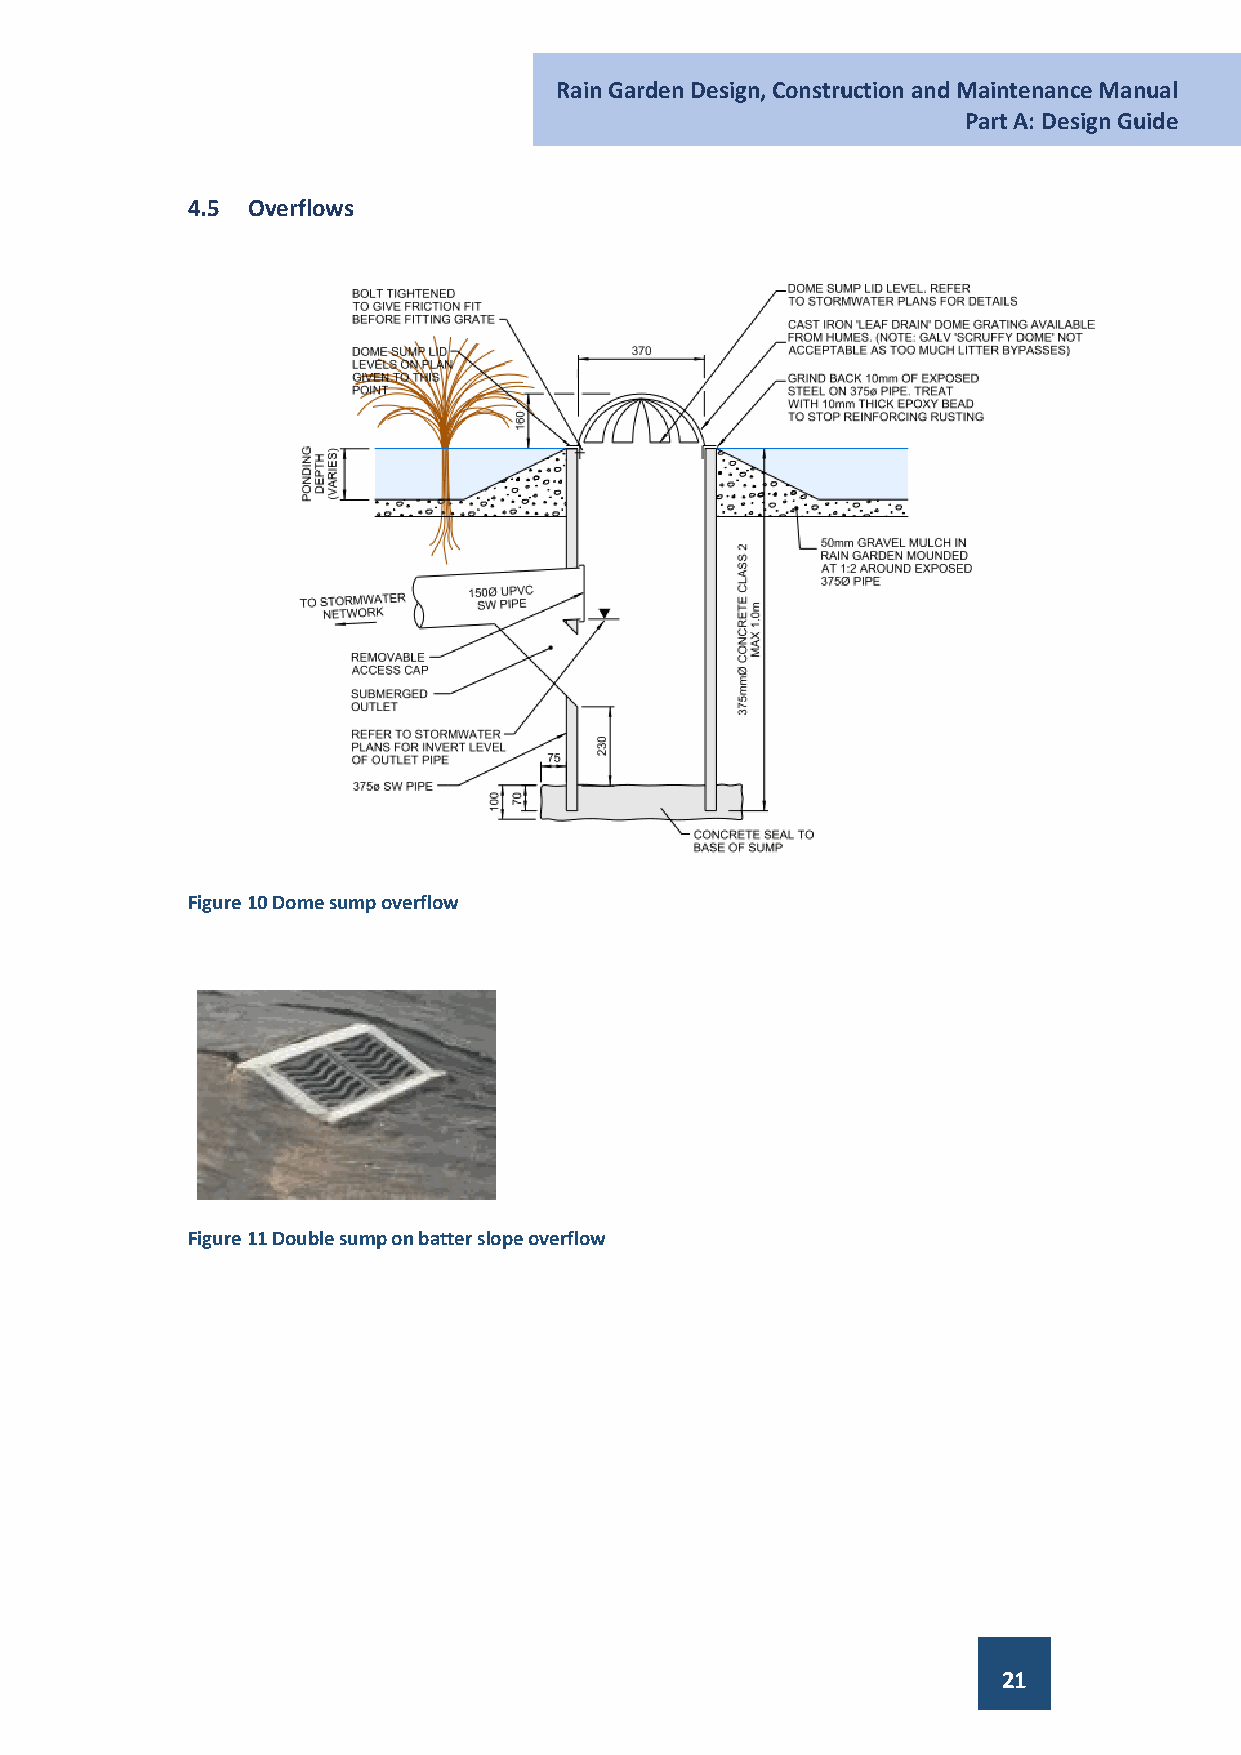
Rain Garden Design, Construction and Maintenance Manual
 Part A: Design Guide
 4.5 Overflows
 Figure 10 Dome sump overflow
 Figure 11 Double sump on batter slope overflow
 21